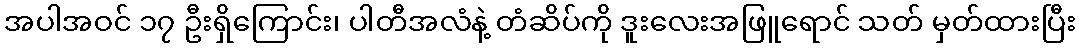
အပါအဝင် ၁၇ ဦးရှိကြောင်း၊ ပါတီအလံနဲ့ တံဆိပ်ကို ဒူးလေးအဖြူရောင် သတ် မှတ်ထားပြီး